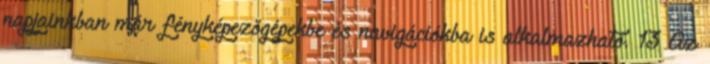
napjainkban már fényképezőgépekbe és navigációkba is alkalmazható. 13 Az